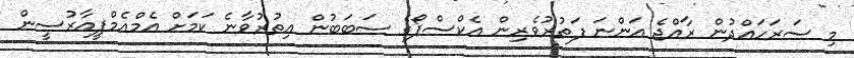
މި ސަރަހައްދުން ރާއްޖެ އަންނަ ފަތުރުވެރިން އެކްސްޕޯގެ ސަބަބުން އިތުރުވާނެ ކަަމަށް އެމްއެމްޕީއާރުސީން